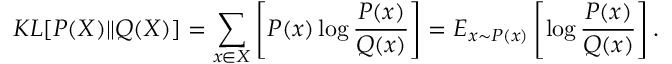
K L [ P ( X ) \| Q ( X ) ] = \sum _ { x \in X } \left[ P ( x ) \log \frac { P ( x ) } { Q ( x ) } \right] = E _ { x \sim P ( x ) } \left[ \log \frac { P ( x ) } { Q ( x ) } \right] .